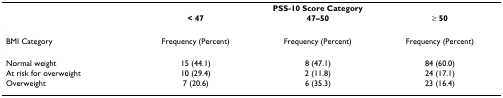
|  | <COLSPAN=3> PSS-10 Score Category |
 |  | < 47 | 47–50 | ≥ 50 |
 | --- | --- | --- | --- |
 | BMI Category | Frequency (Percent) | Frequency (Percent) | Frequency (Percent) |
 | Normal weight | 15 (44.1) | 8 (47.1) | 84 (60.0) |
 | At risk for overweight | 10 (29.4) | 2 (11.8) | 24 (17.1) |
 | Overweight | 7 (20.6) | 6 (35.3) | 23 (16.4) |